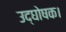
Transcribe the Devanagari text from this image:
उद्घोषक।